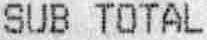
SUB TOTAL